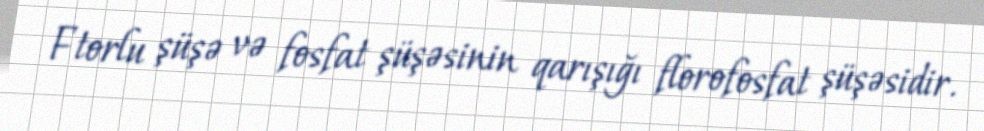
Ftorlu şüşə və fosfat şüşəsinin qarışığı florofosfat şüşəsidir.